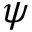
\psi